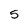
Character: 5